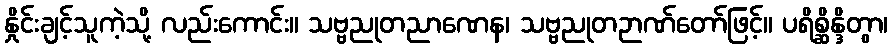
နှိုင်းချင့်သူကဲ့သို့ လည်းကောင်း။ သဗ္ဗညုတညာဏေန၊ သဗ္ဗညုတဉာဏ်တော်ဖြင့်။ ပရိစ္ဆိန္ဒိတွာ၊